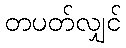
တပတ်လျှင်